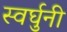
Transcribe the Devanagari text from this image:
स्वर्घुनी